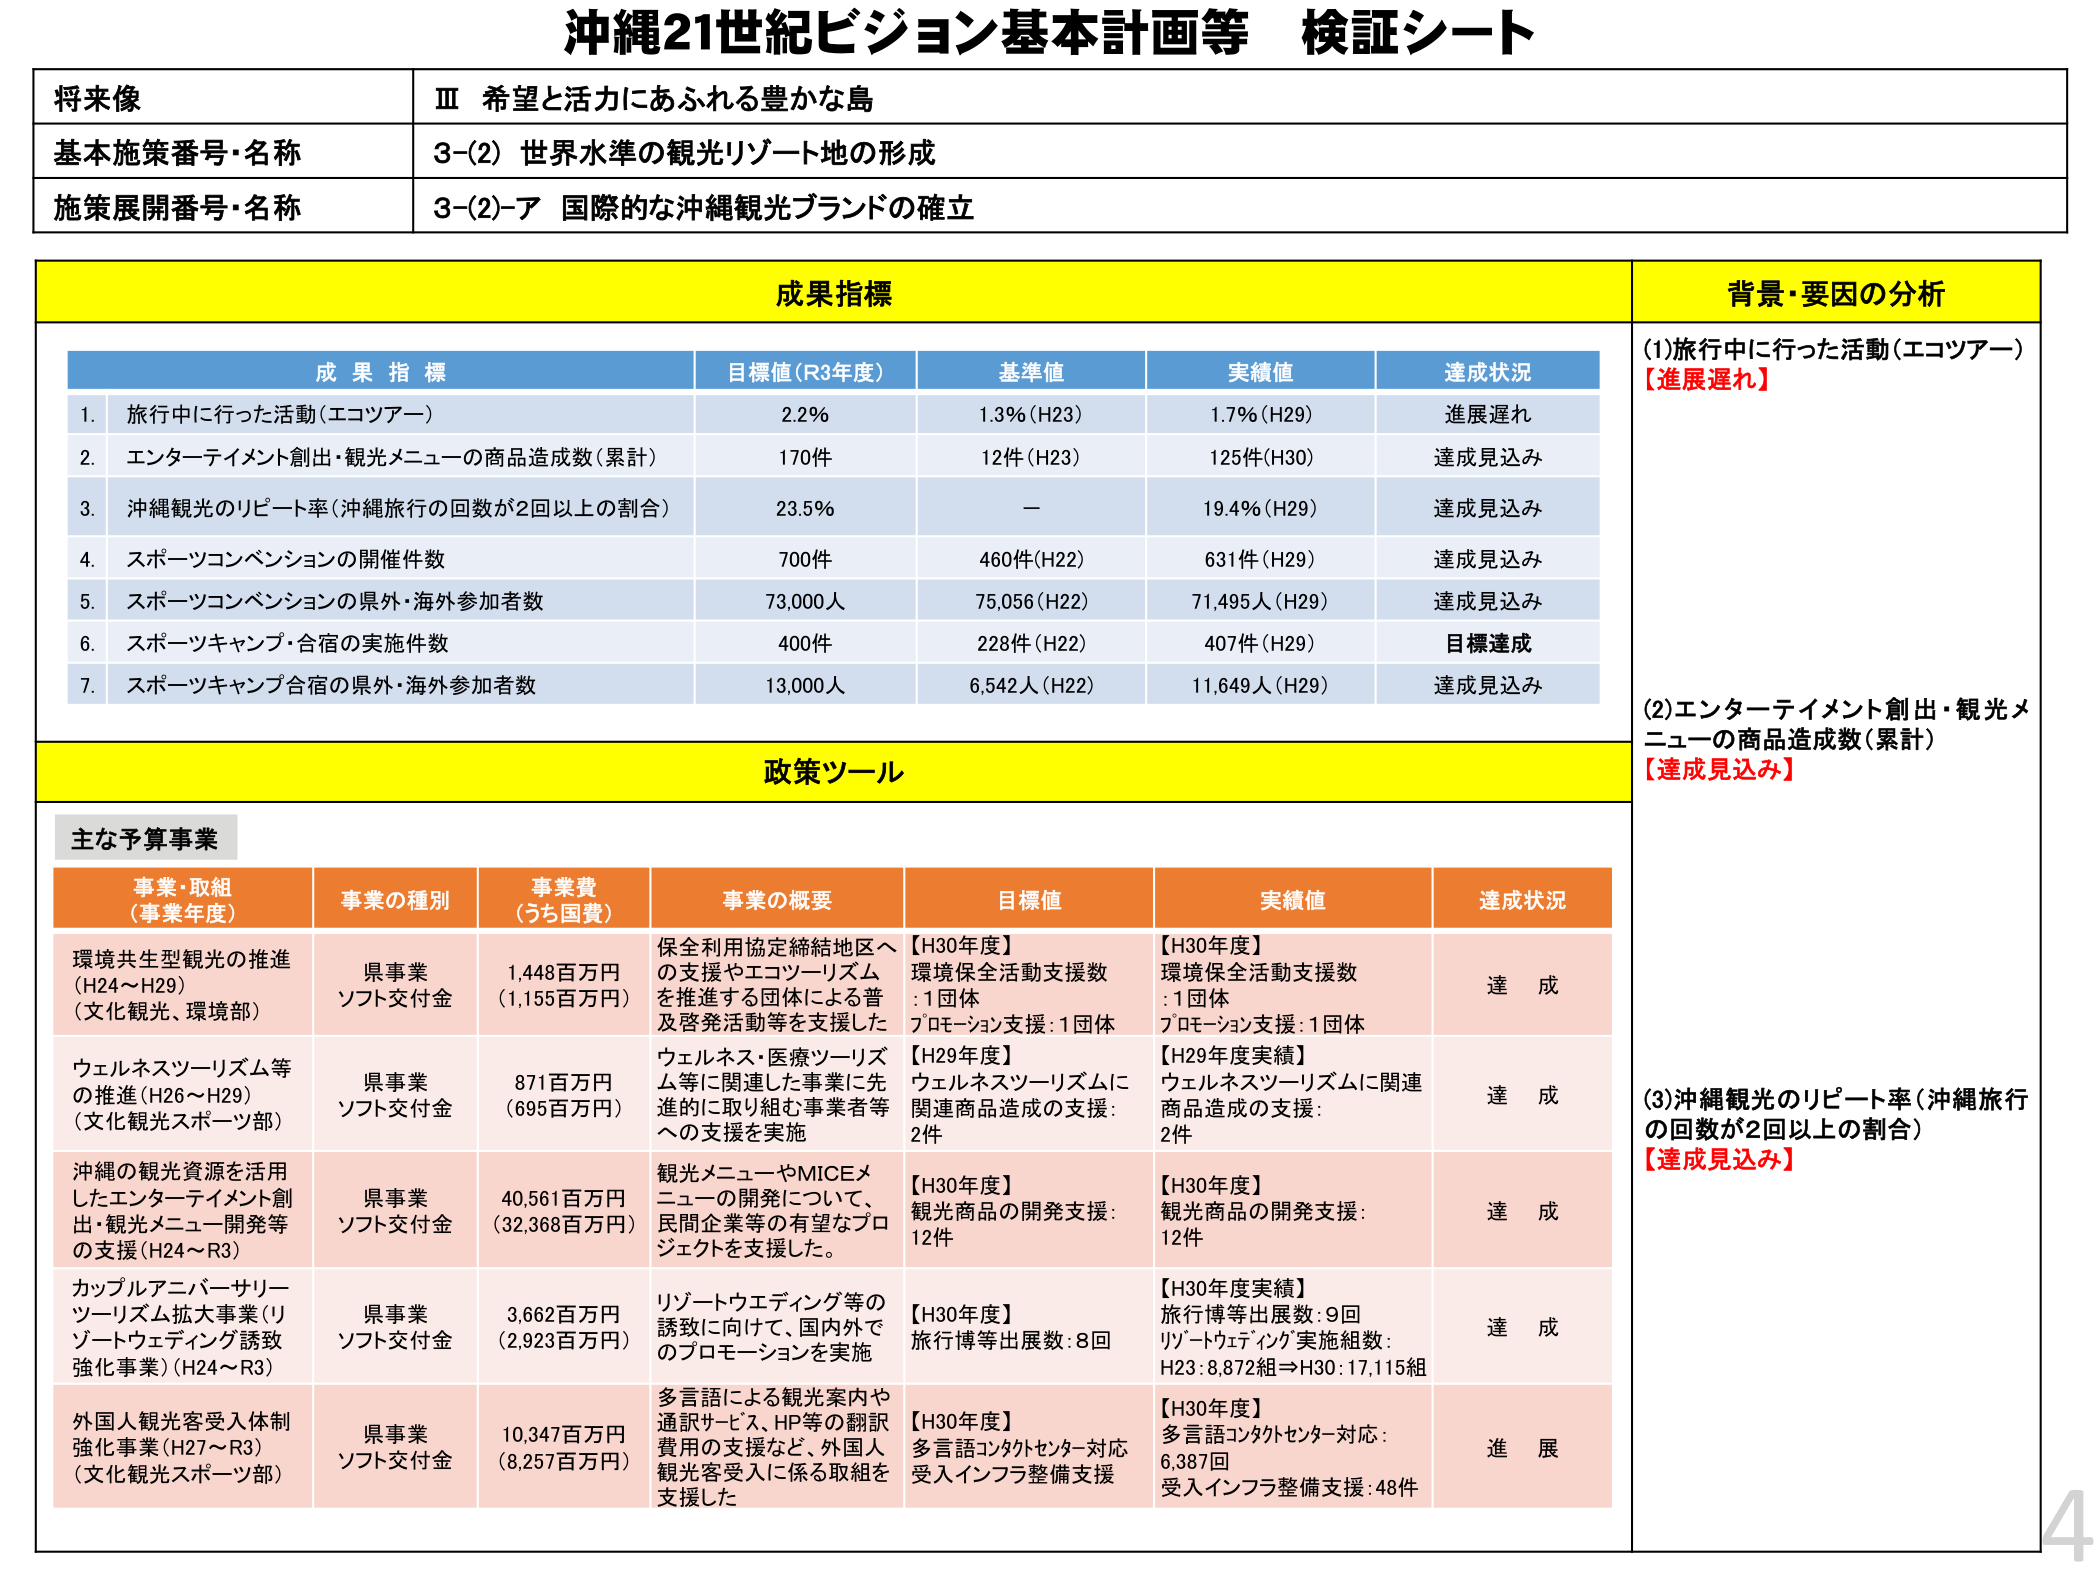
沖縄21世紀ビジョン基本計画等 検証シート

将来像
Ⅲ 希望と活力にあふれる豊かな島

基本施策番号・名称
3-(2) 世界水準の観光リゾート地の形成

施策展開番号・名称
3-(2)-ア 国際的な沖縄観光ブランドの確立

成果指標

成果指標
目標値(R3年度)
基準値
実績値
達成状況

1. 旅行中に行った活動(エコツアー)
2.2%
1.3%(H23)
1.7%(H29)
進展遅れ

2. エンターテイメント創出・観光メニューの商品造成数(累計)
170件
12件(H23)
125件(H30)
達成見込み

3. 沖縄観光のリピート率(沖縄旅行の回数が2回以上の割合)
23.5%
ー
19.4%(H29)
達成見込み

4. スポーツコンベンションの開催件数
700件
460件(H22)
631件(H29)
達成見込み

5. スポーツコンベンションの県外・海外参加者数
73,000人
75,056(H22)
71,495人(H29)
達成見込み

6. スポーツキャンプ・合宿の実施件数
400件
228件(H22)
407件(H29)
目標達成

7. スポーツキャンプ合宿の県外・海外参加者数
13,000人
6,542人(H22)
11,649人(H29)
達成見込み

背景・要因の分析

(1)旅行中に行った活動(エコツアー)
【進展遅れ】

(2)エンターテイメント創出・観光メニューの商品造成数(累計)
【達成見込み】

(3)沖縄観光のリピート率(沖縄旅行の回数が2回以上の割合)
【達成見込み】

政策ツール

主な予算事業

事業・取組
(事業年度)
事業の種別
事業費
(うち国費)
事業の概要
目標値
実績値
達成状況

環境共生型観光の推進
(H24～H29)
(文化観光、環境部)
県事業
ソフト交付金
1,448百万円
(1,155百万円)
保全利用協定締結地区への支援やエコツーリズムを推進する団体による普及啓発活動等を支援した
【H30年度】
環境保全活動支援数：1団体
プロモーション支援：1団体
【H30年度】
環境保全活動支援数：1団体
プロモーション支援：1団体
達成

ウェルネスツーリズム等の推進(H26～H29)
(文化観光スポーツ部)
県事業
ソフト交付金
871百万円
(695百万円)
ウェルネス・医療ツーリズム等に関連した事業に先進的に取り組む事業者等への支援を実施
【H29年度】
ウェルネスツーリズムに関連商品造成の支援：2件
【H29年度実績】
ウェルネスツーリズムに関連商品造成の支援：2件
達成

沖縄の観光資源を活用したエンターテイメント創出・観光メニュー開発等の支援(H24～R3)
県事業
ソフト交付金
40,561百万円
(32,368百万円)
観光メニュー やMICEメニューの開発について、民間企業等の有望なプロジェクトを支援した。
【H30年度】
観光商品の開発支援：12件
【H30年度】
観光商品の開発支援：12件
達成

カップルアバーサリーツーリズム拡大事業(リゾートウェディング誘致強化事業)(H24～R3)
県事業
ソフト交付金
3,662百万円
(2,923百万円)
リゾートウェディング等の誘致に向けて、国内外でのプロモーションを実施
【H30年度】
旅行博等出展数：8回
【H30年度実績】
旅行博等出展数：9回
リゾートウェディング実施組数：
H23：8,872組⇒H30：17,115組
達成

外国人観光客受入体制強化事業(H27～R3)
(文化観光スポーツ部)
県事業
ソフト交付金
10,347百万円
(8,257百万円)
多言語による観光案内や通訳サービス、HP等の翻訳費用の支援など、外国人観光客受入に係る取組を支援した
【H30年度】
多言語コンタクトセンター対応受入インフラ整備支援
【H30年度】
多言語コンタクトセンター対応：6,387回
受入インフラ整備支援：48件
進展

4